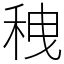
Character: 䄿